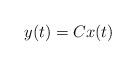
LaTeX: \begin{align*}y(t)=Cx(t)\end{align*}